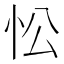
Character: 忪